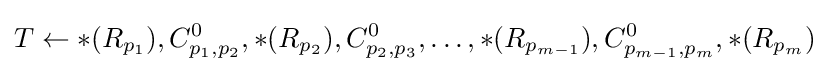
T\gets *(R_{p_{1}}),C_{p_{1},p_{2}}^{0},*(R_{p_{2}}),C_{p_{2},p_{3}}^{0},\dots ,*(R_{p_{m-1}}),C_{p_{m-1},p_{m}}^{0},*(R_{p_{m}})